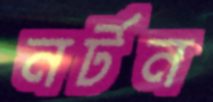
নর্টন